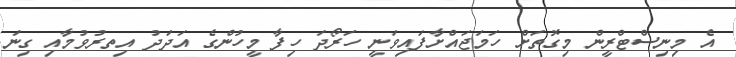
އެ މިނިސްޓްރީން މިގޮތަށް ހަމަޖައްށާފައިވަނީ ހަރޯދަ ހިފާ މީހުންގެ އަދަދު އިތރުވުމާއި ގިނަ